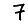
Digit: 7